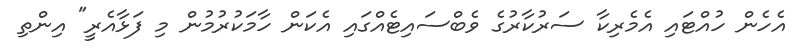
އެހެން ހުއްޓައި އެމެރިކާ ސަރުކާރުގެ ވެބްސައިޓެއްގައި އެކަން ހާމަކުރުމުން މި ފަޅާއެރީ" އިންތި